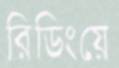
রিডিংয়ে